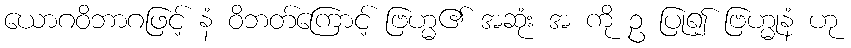
ယောဂဝိဘာဂဖြင့် နံ ဝိဘတ်ကြောင့် ဗြဟ္မ၏ အဆုံး အ ကို ဥ ပြု၍ ဗြဟ္မုနံ ဟု